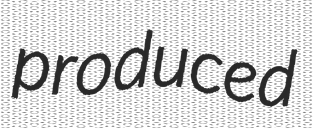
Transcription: produced